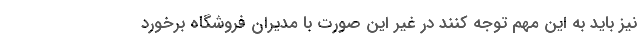
نیز باید به این مهم توجه کنند در غیر این صورت با مدیران فروشگاه برخورد